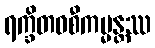
ရက္ခိတဝစီကမ္မန္တဿ